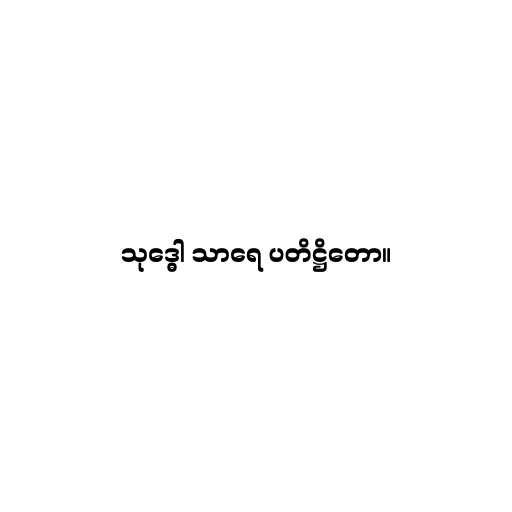
သုဒ္ဓေါ သာရေ ပတိဋ္ဌိတော။